Insane asylums in Bengal annual reports 1867-1875 - 1867-1875
Year: 1867
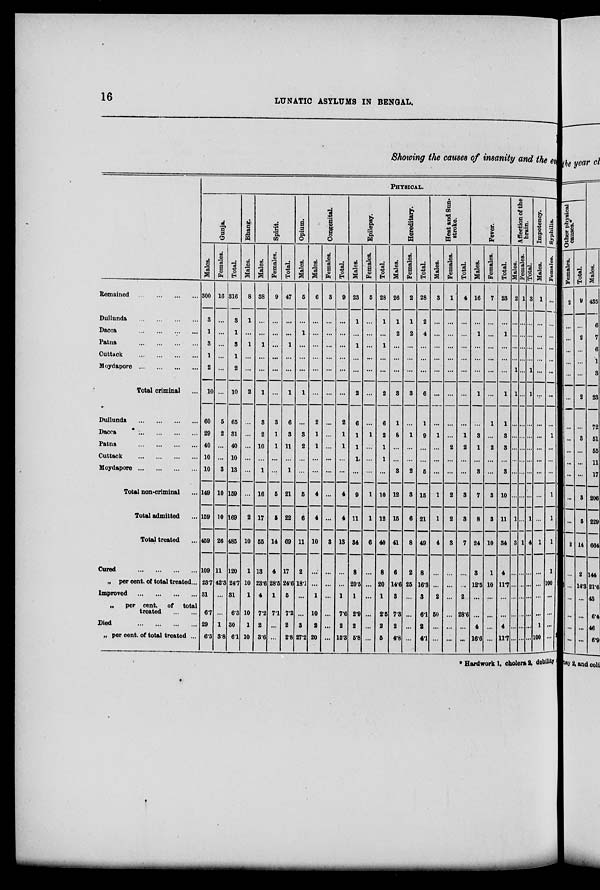
16
LUNATIC ASYLUMS IN BENGAL.
Showing the causes of insanity and the ev
Remained ... ... ... ...
Dullunda ... ... ... ...
Dacca ... ... ... ...
Patna ... ... ... ...
Cuttack ... ... ... ... ...
Moydapore ... ... ... ...
Total criminal ...
Dullunda
...
...
...
...
Dacca ... ... ... ...
Patna
...
...
...
...
Cuttack
...
...
...
...
Moydapore
...
...
...
...
Total non-criminal ...
Total admitted ...
Total treated ...
Cured ... ... ... ...
„ per cent. of total treated ...
Improved ... ... ... ...
„
per cent. of total
treated ... ...
Died ... ... ... ...
„ per cent. of total treated ...
PHYSICAL.
Gunja.
Males.
300
3
1
3
1
2
10
60
29
40
10
10
149
159
459
109
23.7
31
6.7
29
6.3
Females.
16
...
...
...
...
...
...
5
2
...
...
3
10
10
26
11
42.3
...
...
1
3.8
Total
316
3
1
3
1
2
10
65
31
40
10
13
159
169
485
120
24.7
31
6.3
30
6.1
Bhang.
Males.
8
1
...
1
...
...
2
...
...
...
...
...
...
2
10
1
10
1
10
1
10
Spirit.
Males.
38
...
...
1
...
...
1
3
2
10
...
1
16
17
55
13
23.6
4
7.2
2
3.6
Females.
9
...
...
...
...
...
...
3
1
1
...
...
5
5
14
4
28.5
1
7.1
...
...
Total.
47
...
...
1
...
...
1
6
3
11
...
1
21
22
69
17
24.6
5
7.2
2
2.8
Opium.
Males.
5
...
1
...
...
...
1
3
2
...
...
5
6
11
2
18.1
...
3
27.2
Congenital.
Males.
6
...
...
...
...
...
...
2
1
1
...
...
4
4
10
...
...
1
10
2
20
Females.
3
...
...
...
...
...
...
...
...
...
...
...
...
...
3
...
...
...
...
...
...
Total.
9
...
...
...
...
...
...
2
1
1
...
...
4
4
13
...
...
1
7.6
2
15.3
Epilepsy.
Males.
23
1
...
1
...
...
2
6
1
1
1
...
9
11
34
8
20.5
1
2.9
2
5.8
Females.
5
...
...
...
...
...
...
...
1
...
...
...
1
1
6
...
...
...
...
...
...
Total.
28
1
...
1
...
...
2
6
2
1
1
...
10
12
40
8
20
1
2.5
2
5
Hereditary.
Males.
26
1
2
...
...
...
3
1
8
...
...
3
12
15
41
6
14.6
3
7.3
2
4.8
Females.
2
1
2
...
...
...
3
...
1
...
...
2
3
6
8
2
25
...
...
...
...
Total.
28
2
4
...
...
...
6
1
9
. ..
. ..
5
15
21
49
8
16.3
3
6.1
2
41
Heat and Sun-
stroke.
Males.
3
...
...
...
...
...
...
...
1
...
...
...
1
1
4
...
...
2
50
...
...
Females.
1
...
...
...
...
...
...
...
...
2
...
...
2
2
3
...
...
...
...
...
...
Total.
4
...
...
...
...
...
...
...
1
2
...
...
3
3
7
...
...
2
28.6
...
...
Fever.
Males.
16
...
1
. ..
. ..
...
1
...
3
1
...
3
7
8
24
3
12.5
...
...
4
16.6
Females.
7
...
...
...
...
...
...
1
...
2
...
...
3
3
10
1
10
...
...
...
...
Total.
23
...
1
...
...
...
1
1
3
3
...
3
10
11
34
4
11.7
...
...
4
11.7
Affection of the
brain.
Males.
2
. ..
. ..
. ..
. ..
1
1
...
...
...
...
...
...
1
3
...
...
...
...
...
...
Females.
1
. ..
. ..
. ..
...
...
...
...
...
...
...
...
...
...
1
...
...
...
...
...
...
Total.
3
. ..
. ..
. ..
...
1
1
...
...
...
...
...
...
1
4
...
...
...
...
...
...
Impotency.
Males.
1
...
...
...
...
...
...
...
...
...
...
...
...
...
1
...
...
...
1
100
Syphilis.
Females.
...
...
...
...
...
...
...
...
1
...
...
...
1
1
1
1
100
...
...
...
...
*Hardwork 1, cholera 2, debility